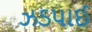
ઝડપાઈ